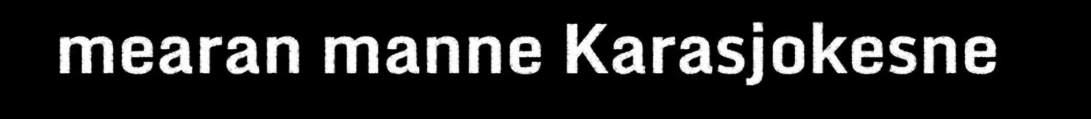
mearan manne Karasjokesne